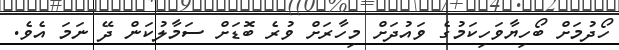
ހޯދުމަށް ބޯހިޔާވަހިކަމުގެ ވައުދަށް މިހާރަށް ވުރެ ބޮޑަށް ސަމާލުކަން ދޭ ނަމަ އެވެ.